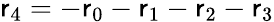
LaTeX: \mathsf{r}_{4}=-\mathsf{r}_{0}-\mathsf{r}_{1}-\mathsf{r}_{2}-\mathsf{r}_{3}